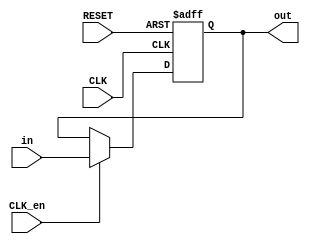
`timescale 1ns / 1ps

module register_20
	(
		CLK,
		RESET,
        CLK_en,
		in,
		out
	);
	 
	parameter N=20;
	 
	input 				CLK,CLK_en;
	input					RESET;
	input		[N-1:0]	in;
	
	output	[N-1:0]	out;
	
	reg 		[N-1:0]	out;

	always @(posedge CLK or negedge RESET)begin
		if(!RESET)
			out <= 0;
		else if(!CLK_en)begin
			out <= out;
		end
		else begin
			 out <= in;
		end
	end			

			
endmodule